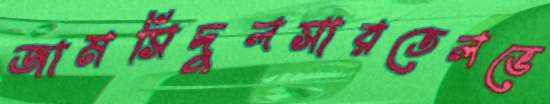
জামসিদুলসারতেলভে